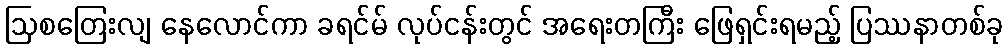
ဩစတြေးလျ နေလောင်ကာ ခရင်မ် လုပ်ငန်းတွင် အရေးတကြီး ဖြေရှင်းရမည့် ပြဿနာတစ်ခု